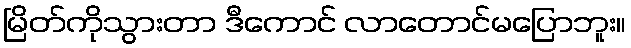
မြိတ်ကိုသွားတာ ဒီကောင် လာတောင်မပြောဘူး။